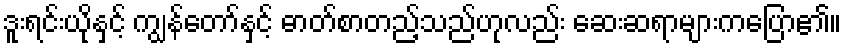
ဒူးရင်းယိုနှင့် ကျွန်တော်နှင့် ဓာတ်စာတည့်သည်ဟုလည်း ဆေးဆရာများကပြော၏။